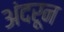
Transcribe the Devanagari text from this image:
अंदरून